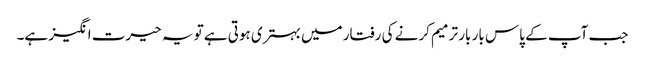
جب آپ کے پاس بار بار ترمیم کرنے کی رفتار میں بہتری ہوتی ہے تو یہ حیرت انگیز ہے۔